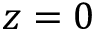
z = 0